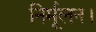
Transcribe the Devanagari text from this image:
निर्मूलन।